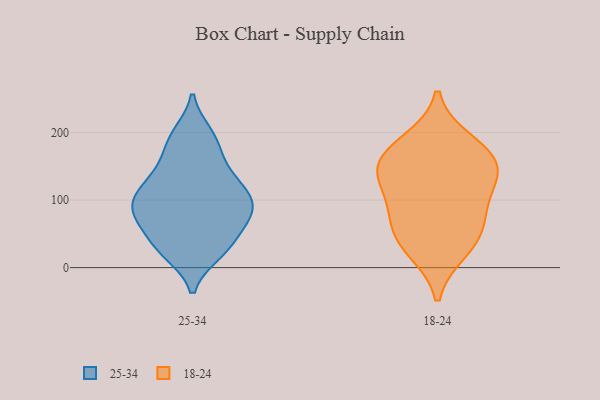
{"axis": {"x": "Tickets Resolved", "y": "Value"}, "legend": ["18-24", "25-34"], "data": [{"x": "", "y": 42, "type": "25-34"}, {"x": "", "y": 171, "type": "25-34"}, {"x": "", "y": 80, "type": "25-34"}, {"x": "", "y": 111, "type": "25-34"}, {"x": "", "y": 103, "type": "25-34"}, {"x": "", "y": 22, "type": "25-34"}, {"x": "", "y": 148, "type": "25-34"}, {"x": "", "y": 71, "type": "25-34"}, {"x": "", "y": 95, "type": "25-34"}, {"x": "", "y": 21, "type": "25-34"}, {"x": "", "y": 75, "type": "25-34"}, {"x": "", "y": 101, "type": "25-34"}, {"x": "", "y": 136, "type": "25-34"}, {"x": "", "y": 122, "type": "25-34"}, {"x": "", "y": 70, "type": "25-34"}, {"x": "", "y": 193, "type": "25-34"}, {"x": "", "y": 32, "type": "25-34"}, {"x": "", "y": 198, "type": "25-34"}, {"x": "", "y": 82, "type": "18-24"}, {"x": "", "y": 134, "type": "18-24"}, {"x": "", "y": 150, "type": "18-24"}, {"x": "", "y": 152, "type": "18-24"}, {"x": "", "y": 63, "type": "18-24"}, {"x": "", "y": 186, "type": "18-24"}, {"x": "", "y": 110, "type": "18-24"}, {"x": "", "y": 168, "type": "18-24"}, {"x": "", "y": 26, "type": "18-24"}, {"x": "", "y": 40, "type": "18-24"}]}